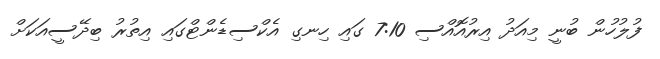
ފުލުހުން ބުނީ މިއަދު އިރުއޮއްސި 7:10 ގައި ހިނގި އެކްސިޑެންޓްގައި އިތުރު ބިދޭސީއަކަށް